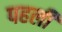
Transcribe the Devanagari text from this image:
पहलीं